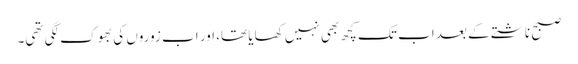
صبح ناشتے کے بعد اب تک کچھ بھی نہیں کھایا تھا، اور اب زوروں کی بھوک لگی تھی۔